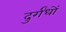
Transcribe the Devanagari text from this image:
दुर्गंधों